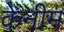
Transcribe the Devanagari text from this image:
केनीम